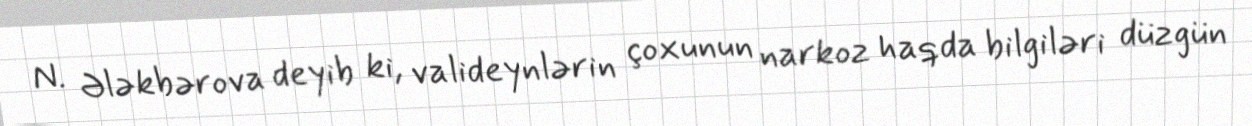
N. Ələkbərova deyib ki, valideynlərin çoxunun narkoz haqda bilgiləri düzgün